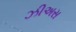
ઝીઅસ